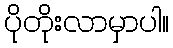
ပိုတိုးလာမှာပါ။